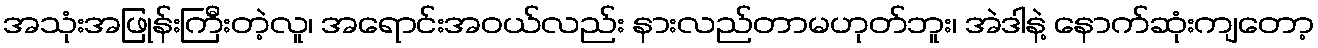
အသုံးအဖြုန်းကြီးတဲ့လူ၊ အရောင်းအဝယ်လည်း နားလည်တာမဟုတ်ဘူး၊ အဲဒါနဲ့ နောက်ဆုံးကျတော့